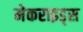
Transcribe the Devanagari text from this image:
मेकराइड्स